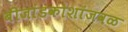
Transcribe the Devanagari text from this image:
बीजांडकोशांजवळ